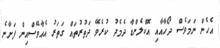
އެހެން ނަމަވެސް ދޯހާއާއި އޮކްލެންޑާ ދެމެދު ކުރެވޭ ދަތުރުތައް ގަތަރު އެއާވޭސްއިން ފަށާނެ